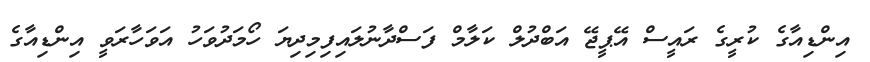
އިންޑިއާގެ ކުރީގެ ރައީސް އޭޕީޖޭ އަބްދުލް ކަލާމް ފަސްދާނުލައިފިމިދިޔަ ހޯމަދުވަހު އަވަހާރަވީ އިންޑިއާގެ